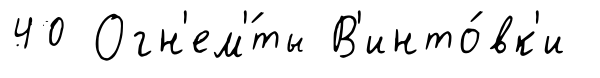
40 Огн'ем'́ты В'инто́вк'и